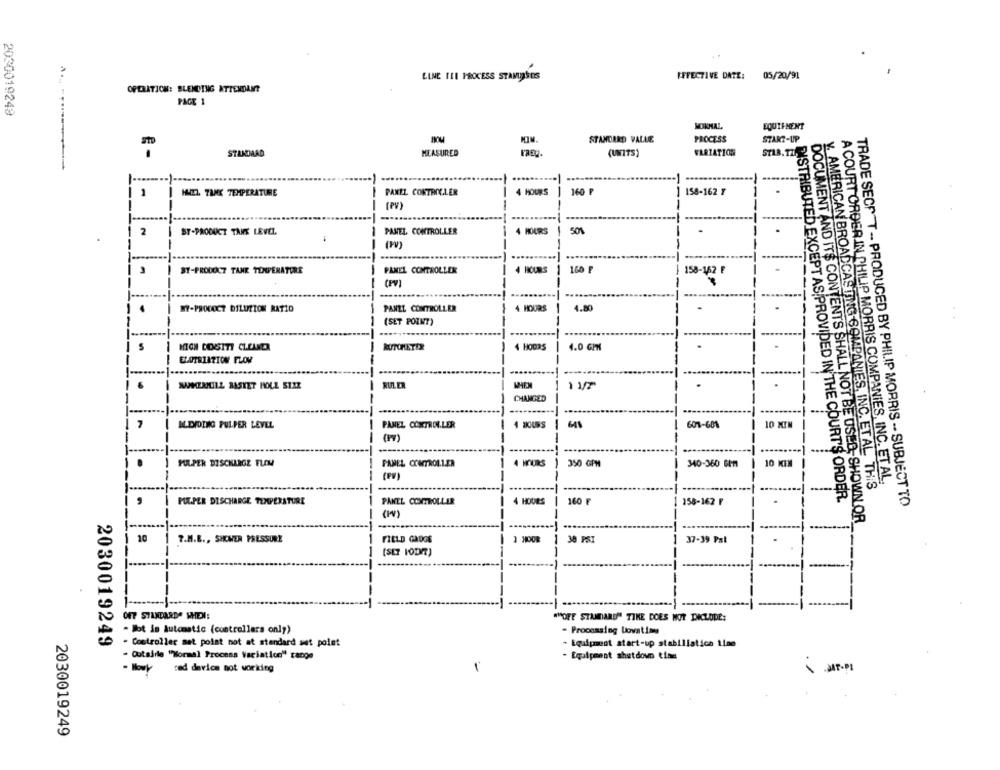
LINE IL1 PROCESS STAMIOSOS
EFFECTIVE DATE:
05/20/91
OPERATION: BLENDING ATTENDANT
PAGE 1
2030019249
NORMAL
EQUIPMENT
STANDARD VALLE
PROCESS
START-UP
STANDARD
MEASURED
(UNITS)
FARTATION
-
.....
1
HIEL. TANK TEMPERATURE
PANEL CONTROLLER
4 HOURS
160 ₽
158-162 Y
--
(PV)
2
ST-PRODUCT TANS LEVEL
1 PANEL CONTROLLER
-
4 HOURS
.
(PV)
--
BY-PRODUCT TANK TEMPERATURE
-
4 HOURS
1 160 F
158-162 F
PANEL CONTROLLER
-
(PV]
--
--
WY-PROCOCT DILUTION RATIO
-
PANEL CONTROLLER
4 HOURS
4.80
(SET POINT)
MICH COSITI CLEUND
MITCHETER
4 HOURS
4.0 GPM
-
ELOTRIATION PLOV
---
JAIMERILILL BASKET HOLL SIZE
RULER
1 1/2"
.
-
CHANGED
601-601
I.DIDING PULPER LEVEL
PANEL CONTROLLER
-
10 MIN
--
--
------
PULPER DISCHARGE FLOM
4 HOURS
) 350 GPM
10 KIN
PANEL CONTROLLER
340-360 6In
(PW)
--
-
y. AMERICAN BROADCASTING COMPANIES, INC. ET AL. THIS
A COURT ORDER IN PHILIP MORRIS COMPANIES, INC. ET AL.
160 F
ISTRIBUTED EXCEPT AS PROVIDED IN THE COURT'S ORDER.
PULPER DISCHARGE TEMPERATURE
PANEL CONTROLLER
4 HOURS
158-162 F
TRADE SECP'T -- PRODUCED BY PHILIP MORRIS -- SUBJECT TO
(1)
DOCUMENT AND ITS CONTENTS SHALL NOT BE USED, SHOWN OR
10
7.M.B ., SHOWER PRESSURE
FIELD GAUGE
30 PST
37-39 Pal
(SET FODR)
OFF STANDARDS WHEN:
"HOFF STANDARD" TIKE DOES NOT DICLODE:
- lot is Automatic (controllers only)
- Processing Uovatime
2030019249
- Controller set polat not at standard set polet
. Equipment start-up stabiliatica Line
- Outside "Normal Process Variation" range
- Equipment shutdown time
red device not working
1
.JAP.PL
2030019249